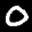
Label: 0